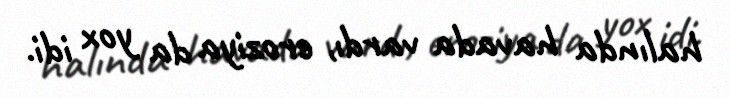
halında havada vardı, eroziya da yox idi.